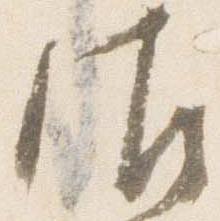
御